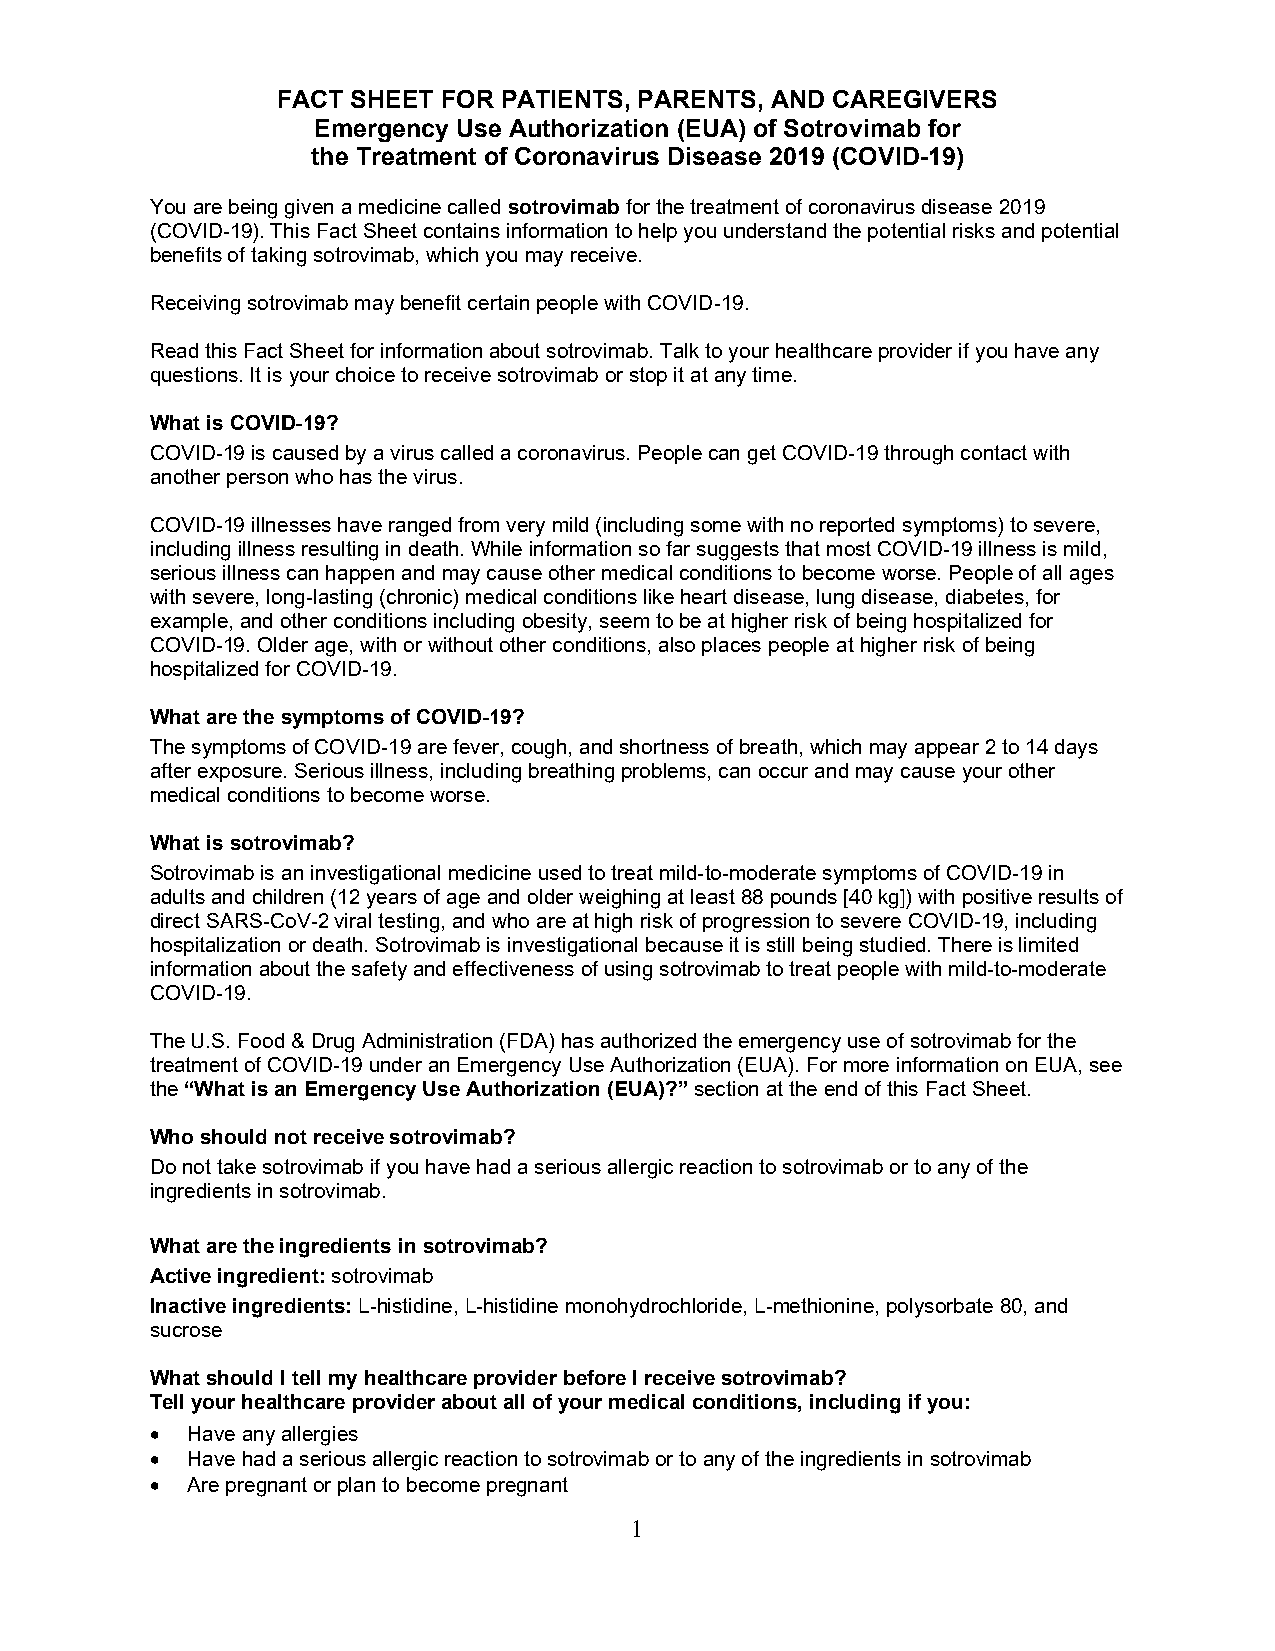
FACT SHEET FOR PATIENTS, PARENTS, AND CAREGIVERS
 Emergency Use Authorization (EUA) of Sotrovimab for
 the Treatment of Coronavirus Disease 2019 (COVID-19)
 You are being given a medicine called sotrovimab for the treatment of coronavirus disease 2019
 (COVID-19). This Fact Sheet contains information to help you understand the potential risks and potential
 benefits of taking sotrovimab, which you may receive.
 Receiving sotrovimab may benefit certain people with COVID-19.
 Read this Fact Sheet for information about sotrovimab. Talk to your healthcare provider if you have any
 questions. It is your choice to receive sotrovimab or stop it at any time.
 What is COVID-19?
 COVID-19 is caused by a virus called a coronavirus. People can get COVID-19 through contact with
 another person who has the virus.
 COVID-19 illnesses have ranged from very mild (including some with no reported symptoms) to severe,
 including illness resulting in death. While information so far suggests that most COVID-19 illness is mild,
 serious illness can happen and may cause other medical conditions to become worse. People of all ages
 with severe, long-lasting (chronic) medical conditions like heart disease, lung disease, diabetes, for
 example, and other conditions including obesity, seem to be at higher risk of being hospitalized for
 COVID-19. Older age, with or without other conditions, also places people at higher risk of being
 hospitalized for COVID-19.
 What are the symptoms of COVID-19?
 The symptoms of COVID-19 are fever, cough, and shortness of breath, which may appear 2 to 14 days
 after exposure. Serious illness, including breathing problems, can occur and may cause your other
 medical conditions to become worse.
 What is sotrovimab?
 Sotrovimab is an investigational medicine used to treat mild-to-moderate symptoms of COVID-19 in
 adults and children (12 years of age and older weighing at least 88 pounds [40 kg]) with positive results of
 direct SARS-CoV-2 viral testing, and who are at high risk of progression to severe COVID-19, including
 hospitalization or death. Sotrovimab is investigational because it is still being studied. There is limited
 information about the safety and effectiveness of using sotrovimab to treat people with mild-to-moderate
 COVID-19.
 The U.S. Food & Drug Administration (FDA) has authorized the emergency use of sotrovimab for the
 treatment of COVID-19 under an Emergency Use Authorization (EUA). For more information on EUA, see
 the “What is an Emergency Use Authorization (EUA)?” section at the end of this Fact Sheet.
 Who should not receive sotrovimab?
 Do not take sotrovimab if you have had a serious allergic reaction to sotrovimab or to any of the
 ingredients in sotrovimab.
 What are the ingredients in sotrovimab?
 Active ingredient: sotrovimab
 Inactive ingredients: L-histidine, L-histidine monohydrochloride, L-methionine, polysorbate 80, and
 sucrose
 What should I tell my healthcare provider before I receive sotrovimab?
 Tell your healthcare provider about all of your medical conditions, including if you:
 • Have any allergies
 • Have had a serious allergic reaction to sotrovimab or to any of the ingredients in sotrovimab
 • Are pregnant or plan to become pregnant
 1